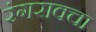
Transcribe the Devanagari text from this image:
रंगरावचा